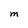
Character: M